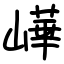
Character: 㠏